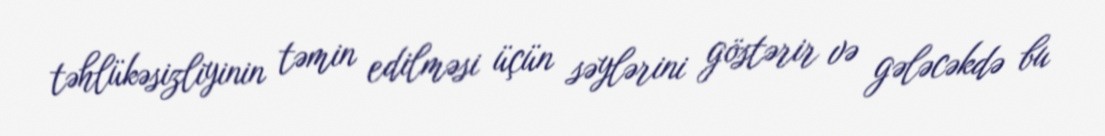
təhlükəsizliyinin təmin edilməsi üçün səylərini göstərir və gələcəkdə bu